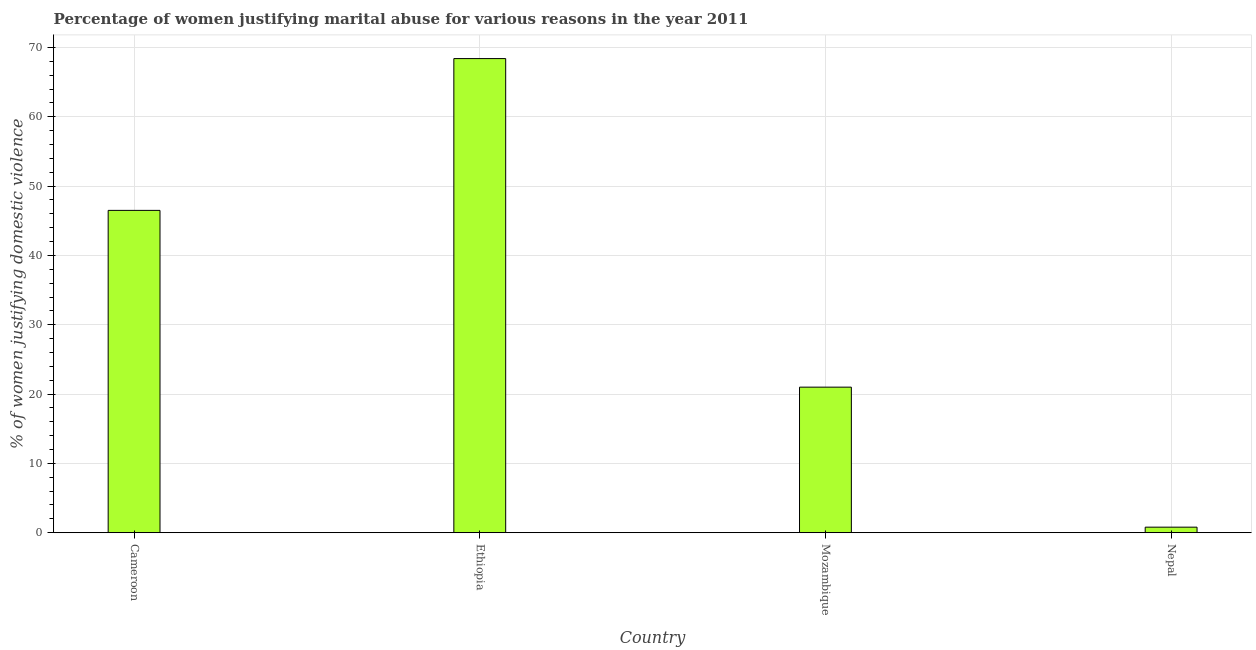
| Country | Physical abuse |
 | --- | --- |
 | Cameroon | 46.5 |
 | Ethiopia | 68.4 |
 | Mozambique | 21 |
 | Nepal | 0.8 |